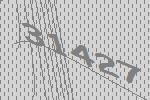
31427